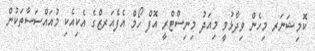
ކޮމިޝަނަރ މިހެން ވިދާޅުވީ މިއަދު މިނިސްޓްރީ އޮފް ހޯމް އެފެއަރޒްގެ އެކިއެކި މުއައްސަސާތަކުން